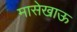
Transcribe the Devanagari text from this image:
मासेखाऊ